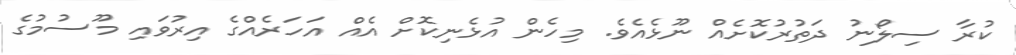
ކުރާ ސިލޯނު ދަތުރުކޮށެއް ނޫޅެއެވެ. މިހެން އުޅެނިކޮށް އެއް އަހަރެއްގެ އިރުވައި މޫސުމުގެ